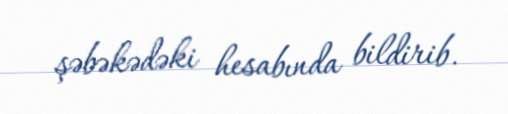
şəbəkədəki hesabında bildirib.